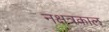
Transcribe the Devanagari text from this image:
नक्षत्रकाल